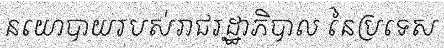
នយោបាយរបស់រាជរដ្ឋាភិបាល នៃប្រទេស